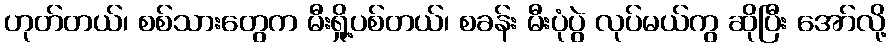
ဟုတ်တယ်၊ စစ်သားတွေက မီးရှို့ပစ်တယ်၊ စခန်း မီးပုံပွဲ လုပ်မယ်ကွ ဆိုပြီး အော်လို့